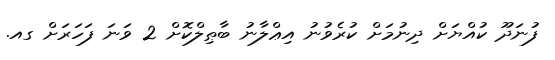
ފުނަދޫ ކުއްޔަށް ދިނުމަށް ކުރެވުނު އިޢްލާނު ބާޠިލްކޮށް 2 ވަނަ ފަހަރަށް ގއ.